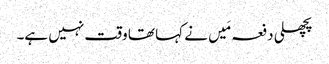
پچھلی دفعہ مَیں نے کہا تھا وقت نہیں ہے۔